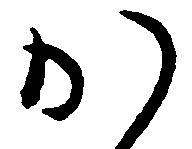
か